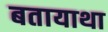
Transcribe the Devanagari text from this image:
बतायाथा